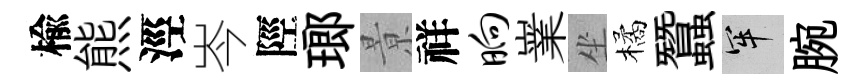
楡熊涇岑陘瑯㬌祥晌嶪坐橘蠶牢腕